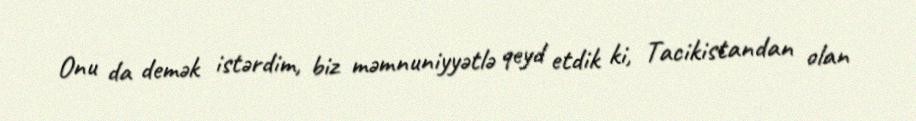
Onu da demək istərdim, biz məmnuniyyətlə qeyd etdik ki, Tacikistandan olan